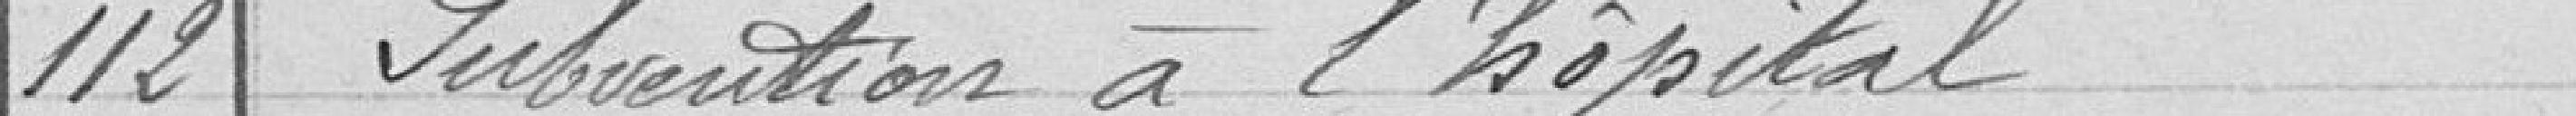
112 Subvention à l'hôpital